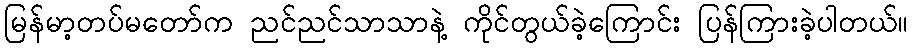
မြန်မာ့တပ်မတော်က ညင်ညင်သာသာနဲ့ ကိုင်တွယ်ခဲ့ကြောင်း ပြန်ကြားခဲ့ပါတယ်။